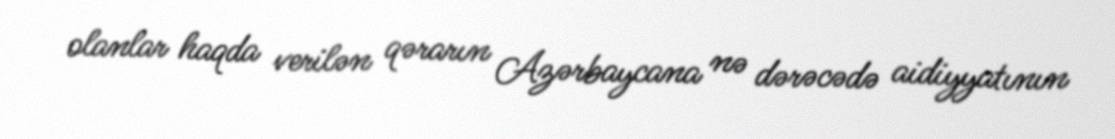
olanlar haqda verilən qərarın Azərbaycana nə dərəcədə aidiyyatının